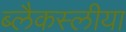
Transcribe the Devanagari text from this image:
ब्लैकस्लीया